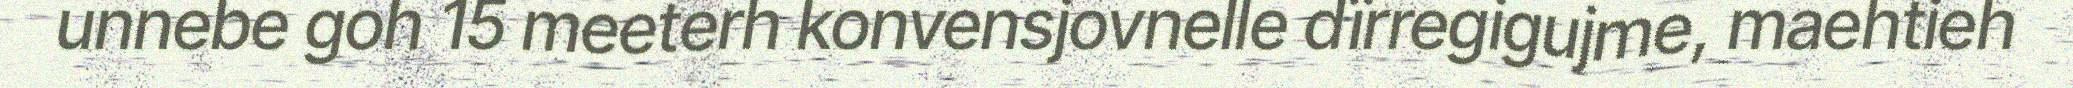
unnebe goh 15 meeterh konvensjovnelle dïrregigujme, maehtieh